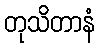
တုသိတာနံ